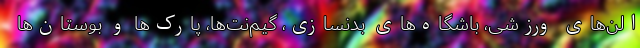
الن‌های ورزشی، باشگاه‌های بدنسازی، گیم‌نت‌ها، پارک‌ها و بوستان‌ها